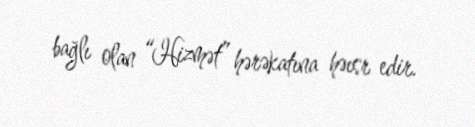
bağlı olan “Hizmət” hərəkatına həısr edir.